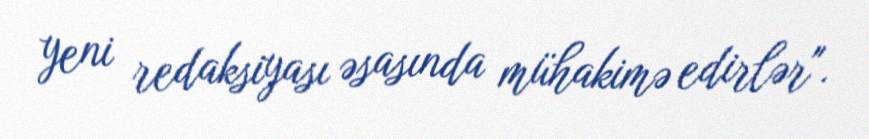
yeni redaksiyası əsasında mühakimə edirlər".